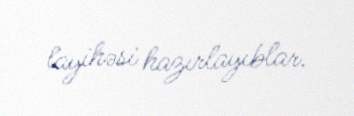
layihəsi hazırlayıblar.